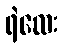
ရဲလေး